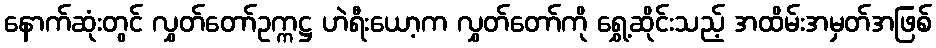
နောက်ဆုံးတွင် လွှတ်တော်ဥက္ကဋ္ဌ ဟဲရီးယော့က လွှတ်တော်ကို ရွှေ့ဆိုင်းသည့် အထိမ်းအမှတ်အဖြစ်